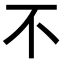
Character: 不